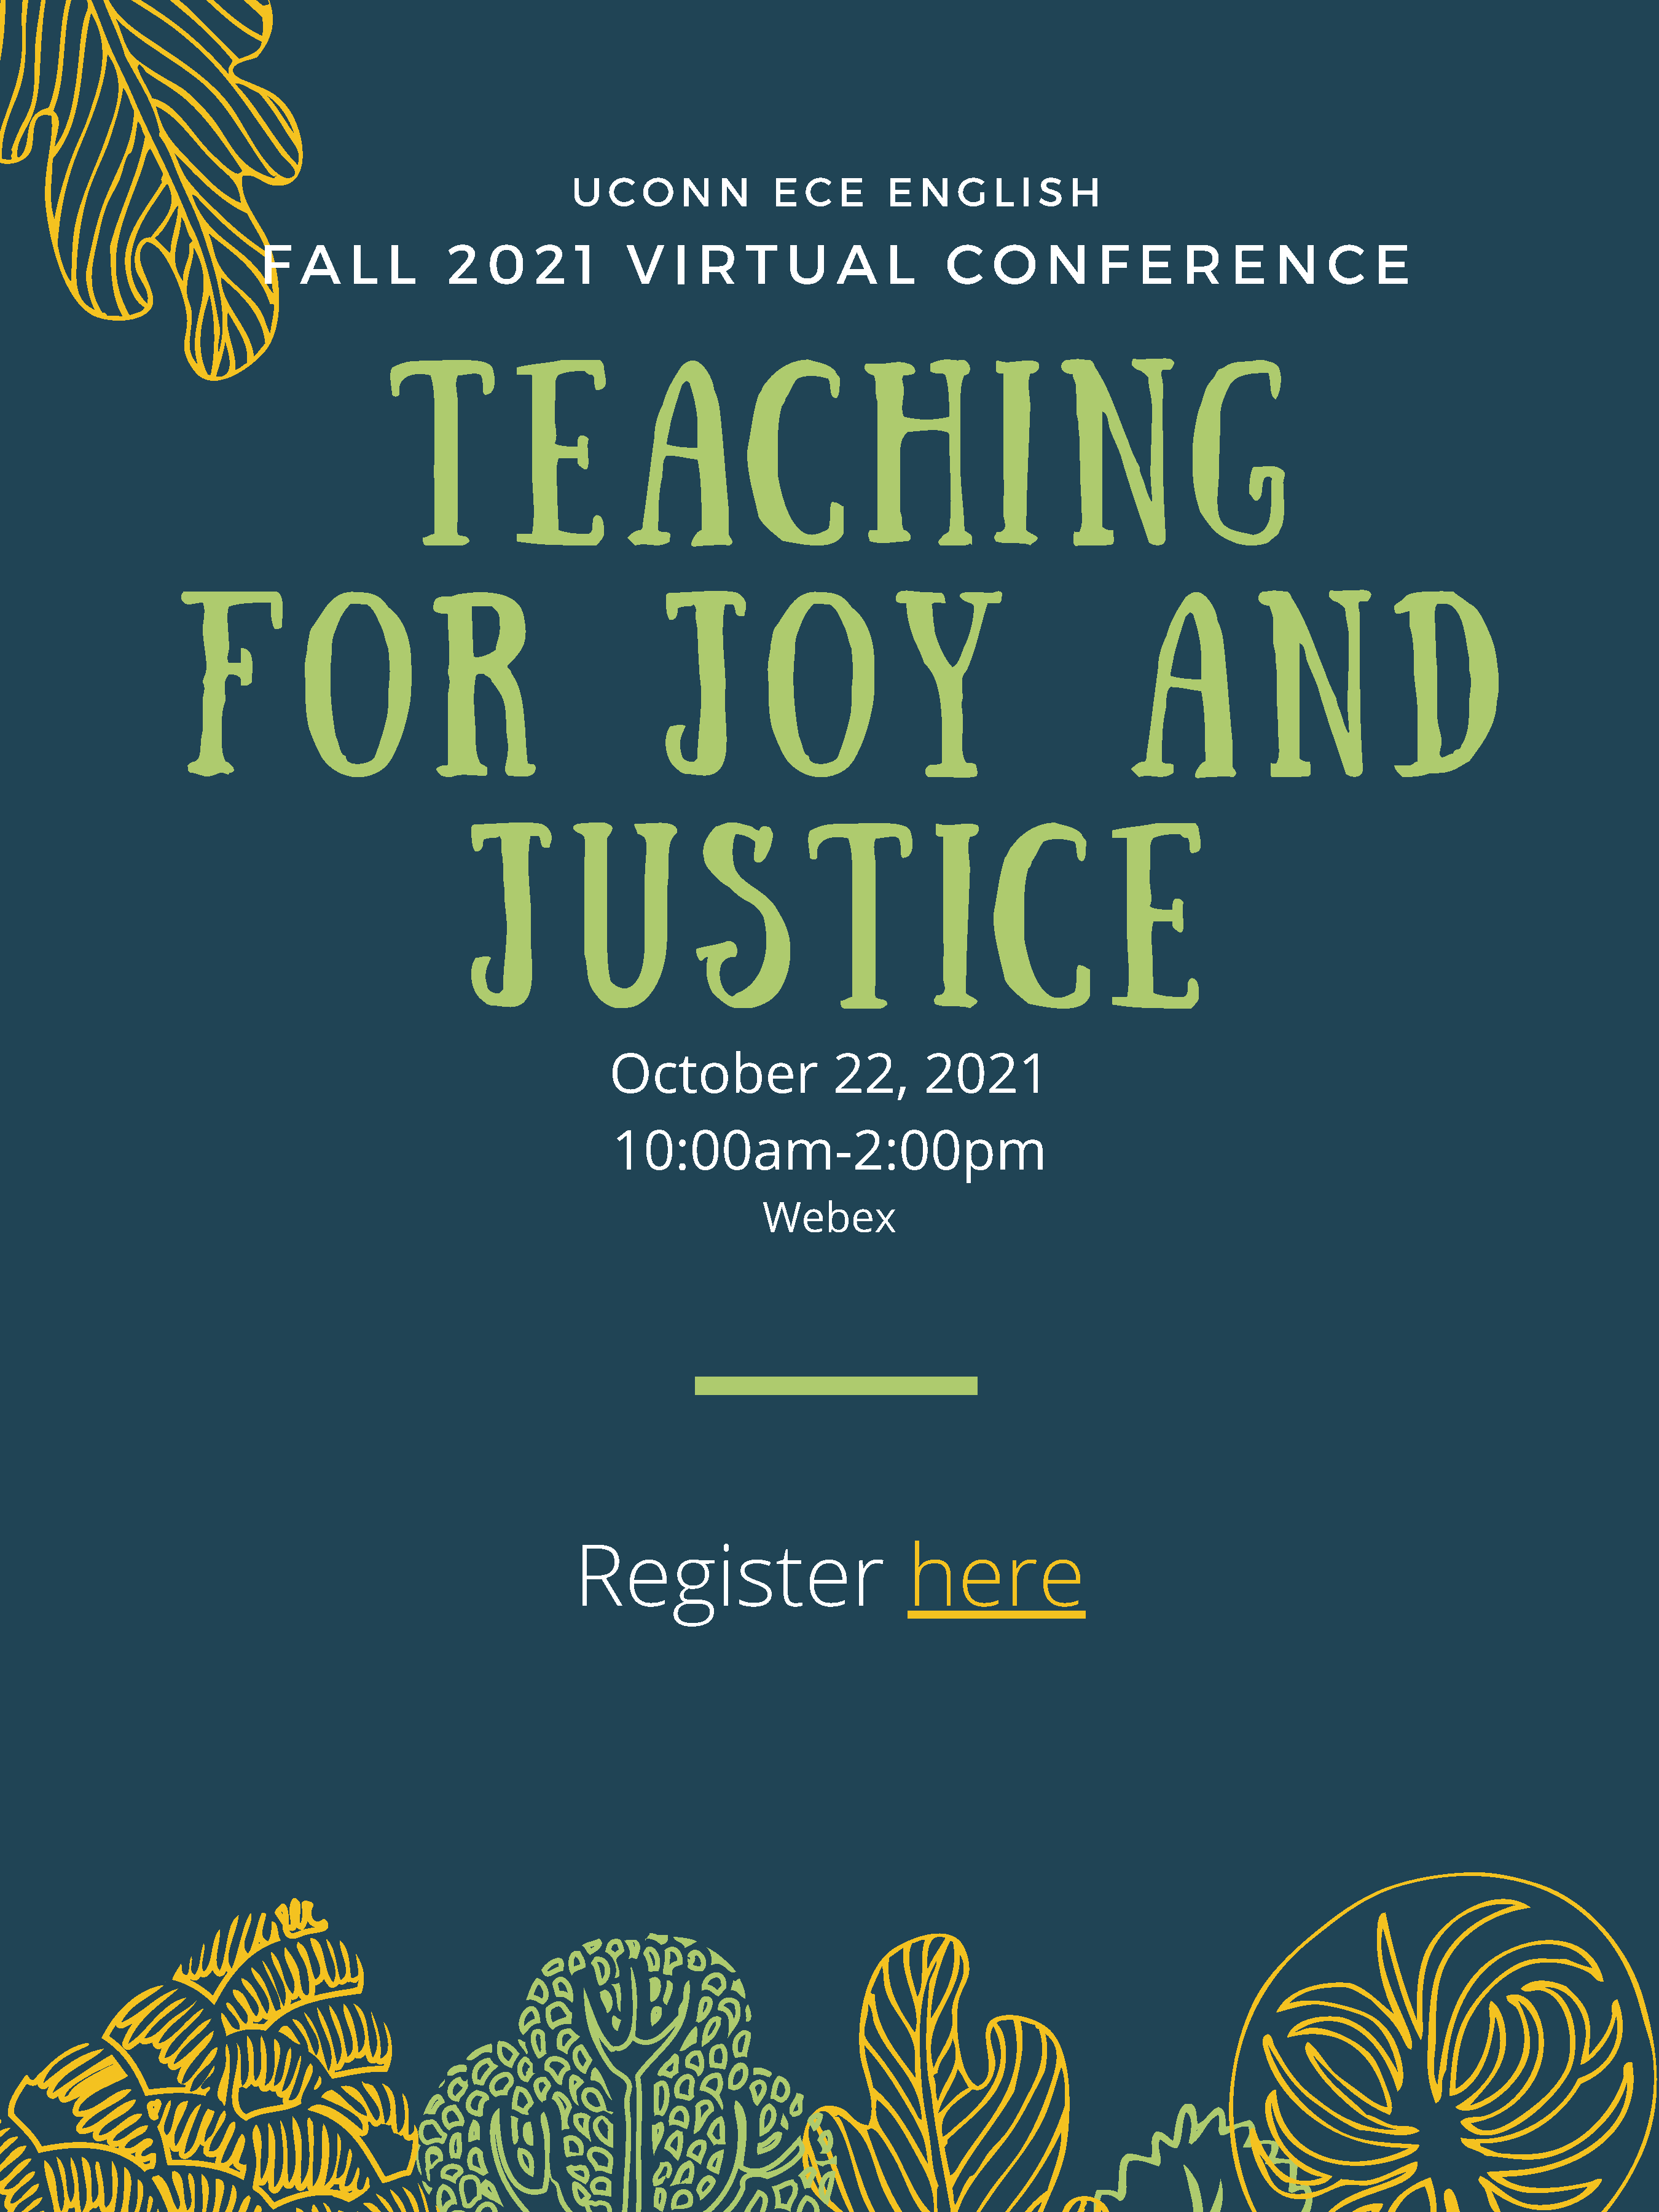
U  C   O   N   N     E   C  E     E  N   G   L  I S  H
 F   A     L   L     2   0     2   1    V    I  R    T    U    A    L      C    O     N    F    E   R     E   N     C    E
 T            E           A             C           H             I      N              G
 F            O             R                        J          O             Y                         A            N              D
 J          U             S           T            I      C           E
 October                 22,       2021
 10:00am-2:00pm
 Webex
 Register                            here